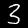
Digit: 3